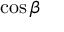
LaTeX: \cos \beta